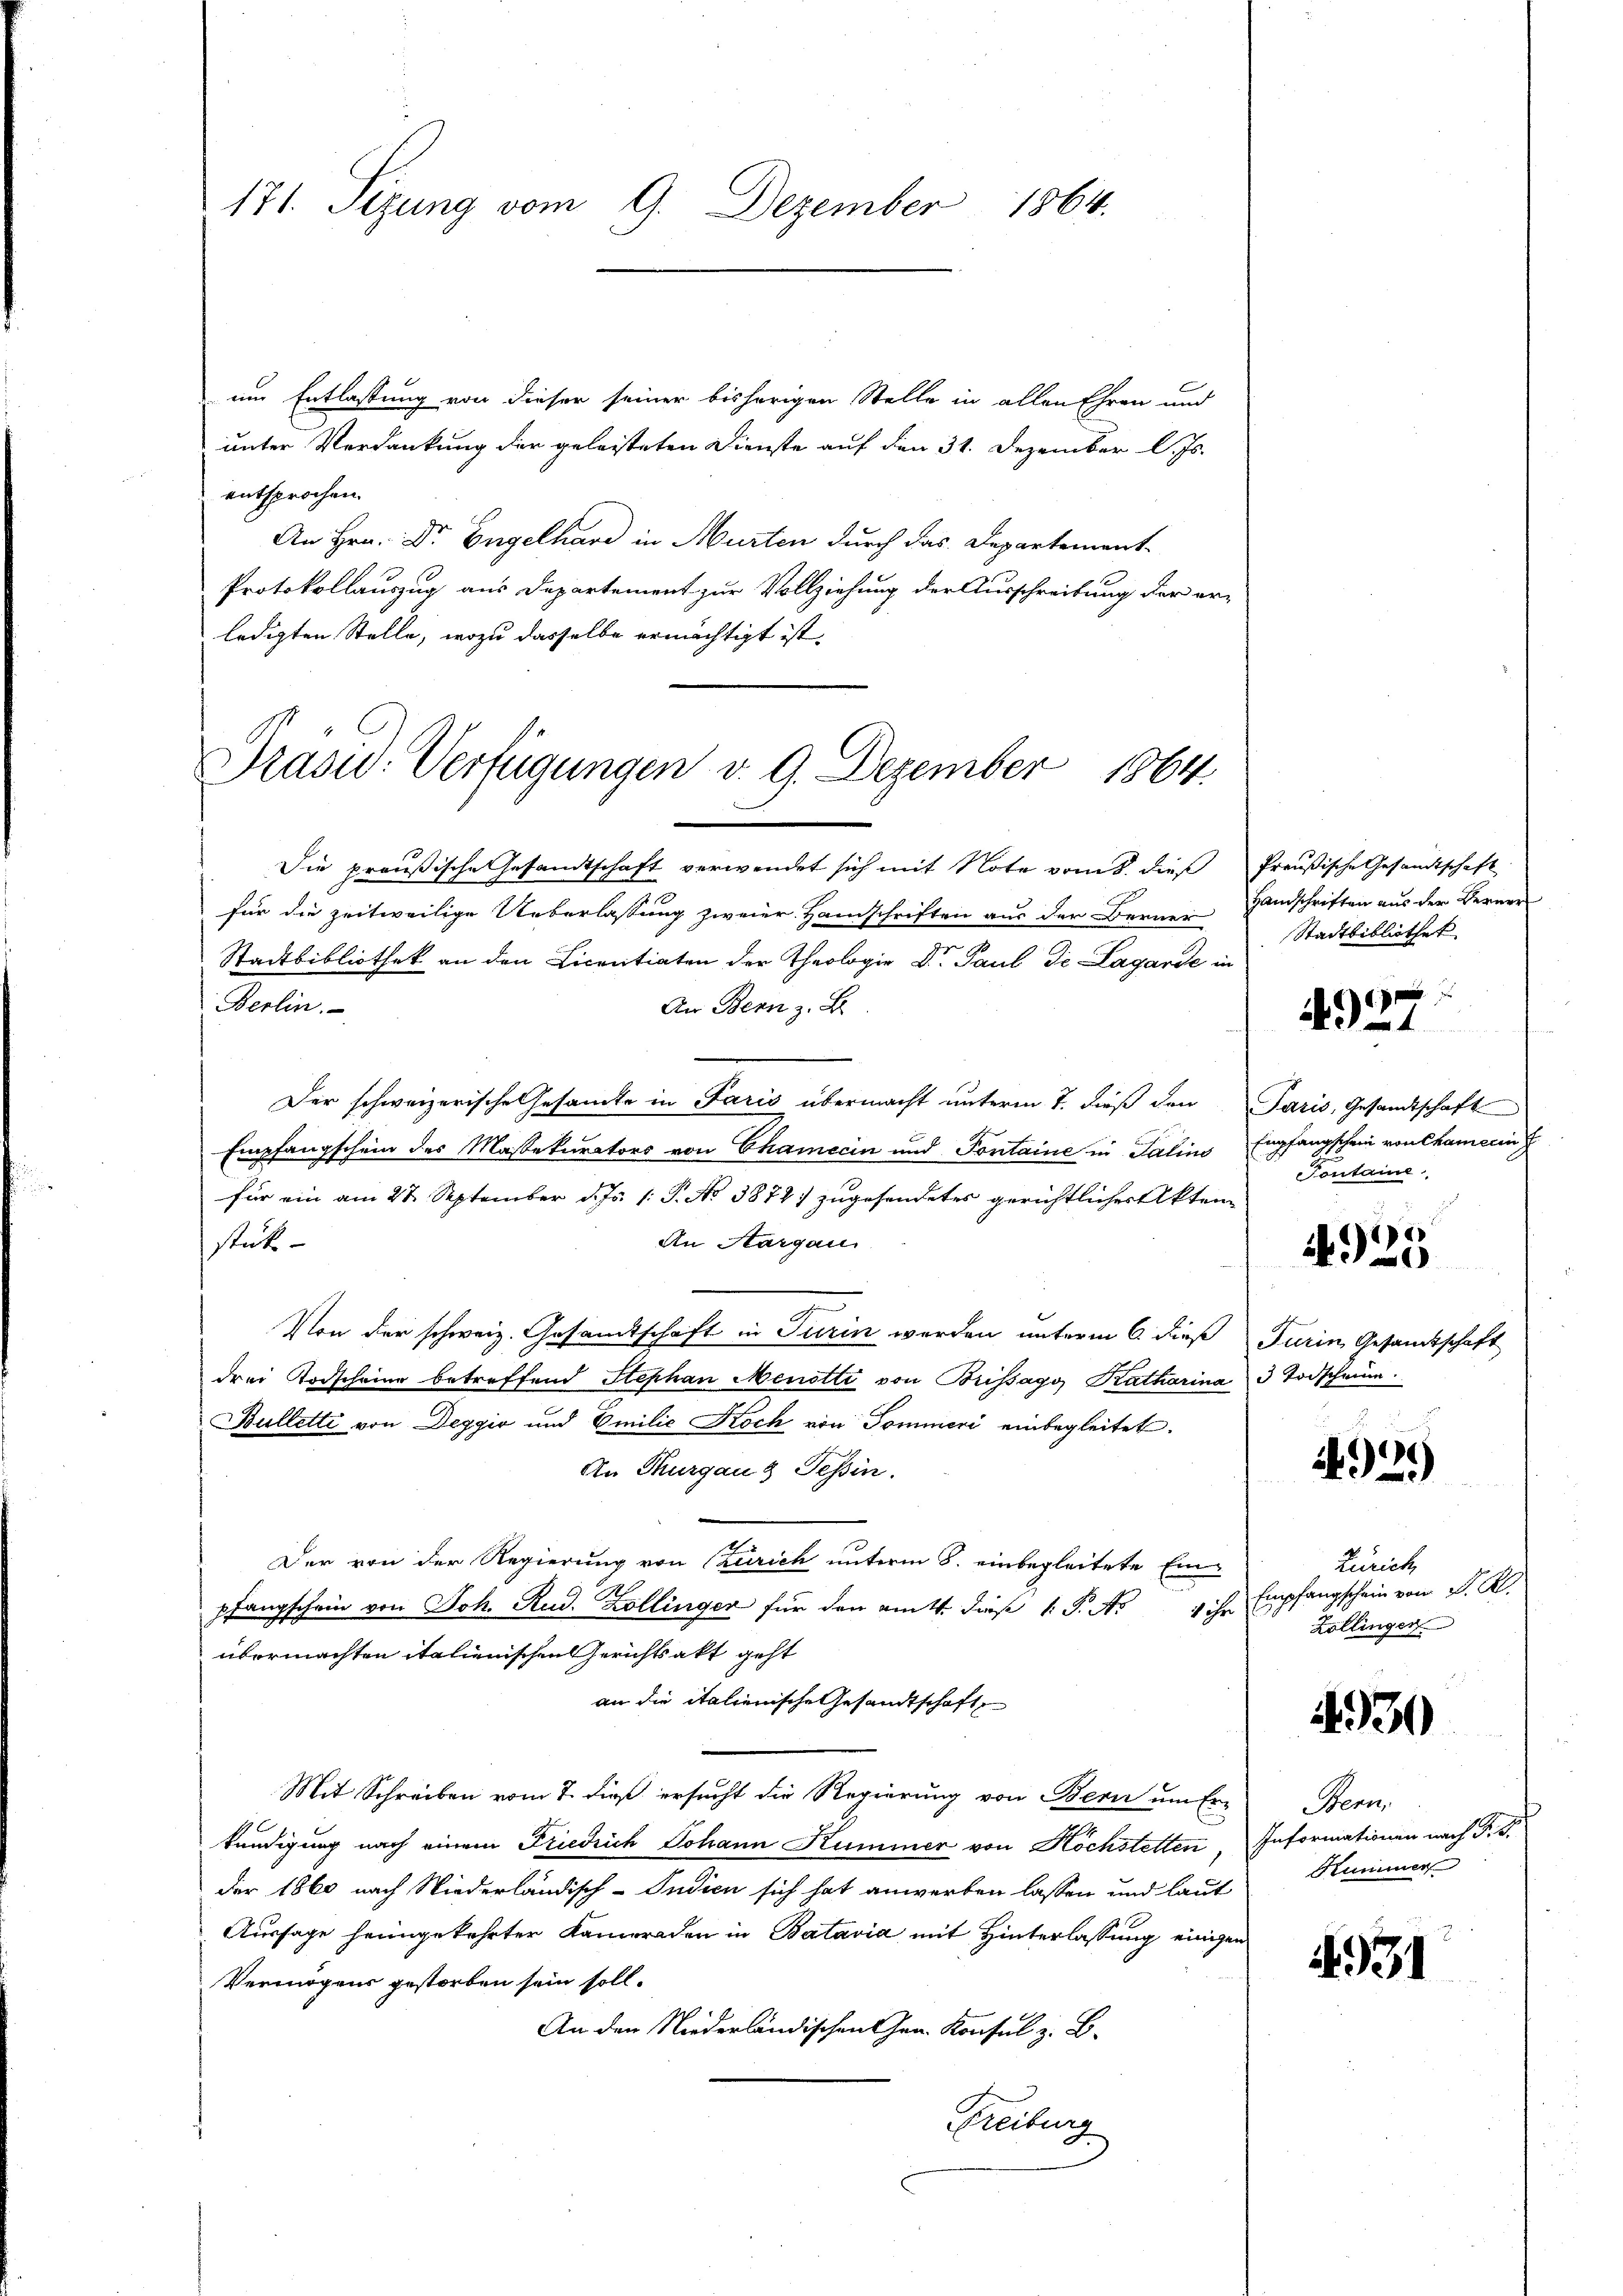
171. Sizung vom 9. Dezember 1864.

um Entlassung von dieser seiner bisherigen Stelle in allen Ehren und
unter Verdankung der geleisteten Dienste auf den 31. Dezember l. Js.
entsprochen.
An Hrn. Dr. Engelhard in Murten durch das Departement-
Protokollauszug aus Departement zur Vollziehung der Ausschreibung der er-
ledigten Stelle, wozu dasselbe ermächtigt ist,

Brasid. Verfügungen v. 9. Dezember 1864.

Die preußische Gesandtschaft verwendet sich mit Note vom 8. dieß Preußische Gesandtschaft
für die zeitweilige Ueberlassung zweier. Hamschriften aus der Berner
Stadtbibliothek an den Licentiaten der Theologie Dr. Paul de Lagarde in
Berlin.
An Bern z. B.
Der schweizerische Gesamte in Paris übermacht unterm 7. dieß den Paris, Gesandtschaft
Empfangschein des Massekurators von Chamecin und Pontaine in Salins
für ein am 27. September d. Js. 1. P. No 387 zugesendetes gerichtlicher Akten
An Aargau
stück
Von der schweiz. Gesandtschaft in Turin werden unterm 6. dieß Turin Gesandtschaft
drei Todscheine betreffend Stephan Menotte von Brissago Katharina 3 Todscheine
Bulletti von Deggio und Emilie Koch von Sommeri einbegleitet.
An Thurgau & Teßin.
Der von der Regierung von Zürich unterm 8. einbegleitete Einpfangschein von Joh. Rud. Zollinger für den am 4. diese 1 P. No 1 ihr
übermachten italienischen Gerichtsakt geht
an die italienische Gesandtschaft
Mit Schreiben vom 7. dieß ersucht die Regierung von Bern um Er-
kündigung nach einem Friedrich Johann Kummer von Höchstetten, Informationen nach P. F.
der 1860 nach Niederländisch-Indien sich hat anwerben lassen und laut
Aussage heimgekehrter Kameraden in Batavia mit Hinterlassung einigen
Vermögens gestorben sein soll.
An den Niederländischen Grad Konsul z. B.
Freiburg

Hamschriften aus der Berner
Stadtbibliothek

4927

Empfangschein von Chamerin h
Fontaine

4925

e
)

Zürich
Empfangschein von P. R.
Zollingen

4930

Bern,
Kummer

4931